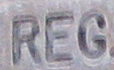
REG